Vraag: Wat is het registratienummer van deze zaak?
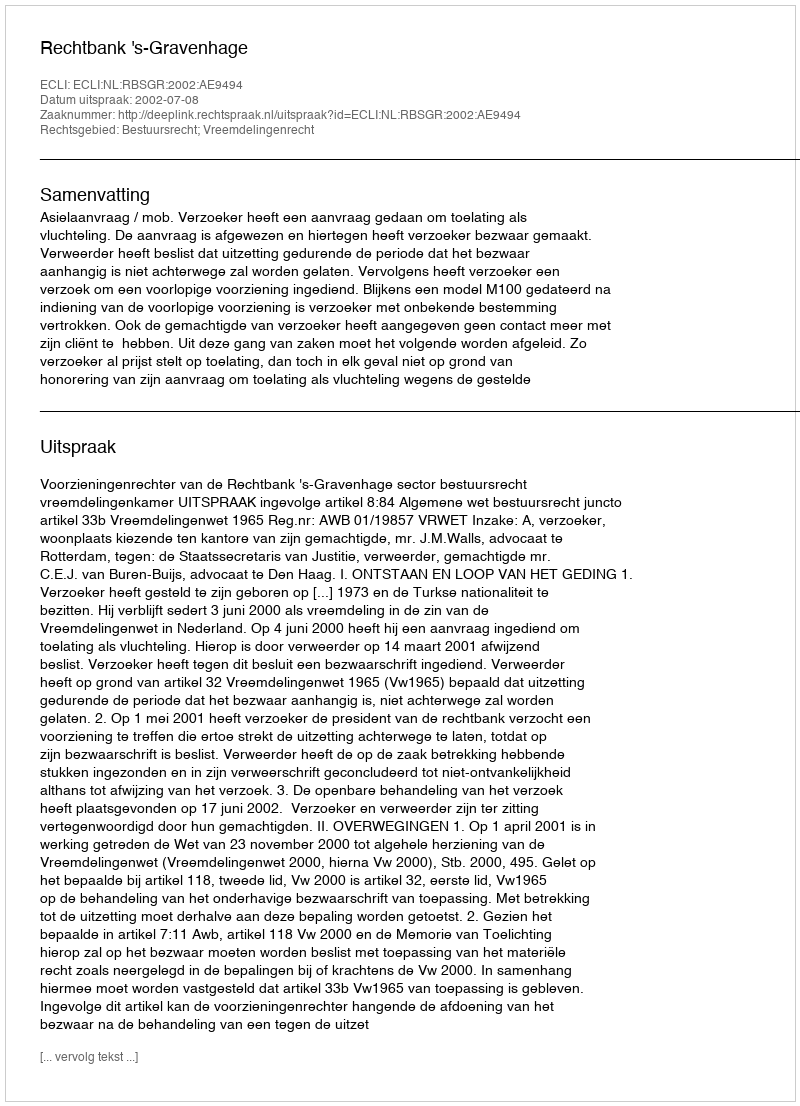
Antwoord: http://deeplink.rechtspraak.nl/uitspraak?id=ECLI:NL:RBSGR:2002:AE9494